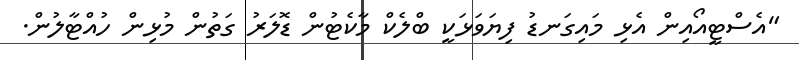
"އެސްޓީއޯއިން އެޅި މައިގަނޑު ފިޔަވަޅަކީ ބްލެކް މާކެޓުން ޑޮލަރު ގަތުން މުޅިން ހުއްޓާލުން.